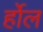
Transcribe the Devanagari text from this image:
र्होल